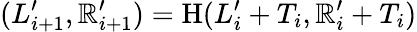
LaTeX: (L_{i+1}^{\prime},\mathbb{R}_{i+1}^{\prime})=\mathrm{{H}}(L_{i}^{\prime}+T_{i},\mathbb{R}_{i}^{\prime}+T_{i})